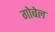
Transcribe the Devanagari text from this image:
गोबेल